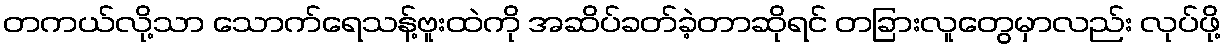
တကယ်လို့သာ သောက်ရေသန့်ဗူးထဲကို အဆိပ်ခတ်ခဲ့တာဆိုရင် တခြားလူတွေမှာလည်း လုပ်ဖို့